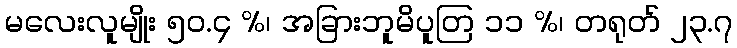
မလေးလူမျိုး ၅၀.၄ %၊ အခြားဘူမိပူတြ ၁၁ %၊ တရုတ် ၂၃.၇